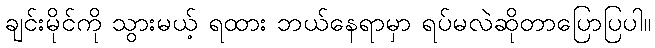
ချင်းမိုင်ကို သွားမယ့် ရထား ဘယ်နေရာမှာ ရပ်မလဲဆိုတာပြောပြပါ။